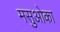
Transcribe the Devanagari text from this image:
मसुओका